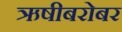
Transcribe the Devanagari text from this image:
ऋषीबरोबर